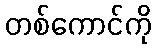
တစ်ကောင်ကို